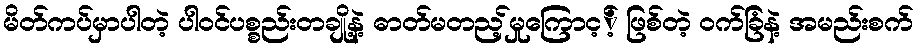
မိတ်ကပ်မှာပါတဲ့ ပါဝင်ပစ္စည်းတချို့နဲ့ ဓာတ်မတည့်မှုကြောင့့် ဖြစ်တဲ့ ဝက်ခြံနဲ့ အမည်းစက်